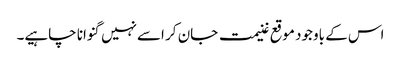
اس کے باوجود موقع غنیمت جان کر اسےنہیں گنوانا چاہیے۔